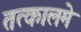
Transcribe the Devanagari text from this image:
तत्कालमे